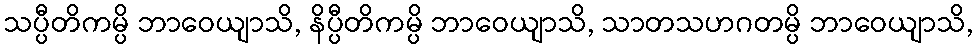
သပ္ပီတိကမ္ပိ ဘာဝေယျာသိ, နိပ္ပီတိကမ္ပိ ဘာဝေယျာသိ, သာတသဟဂတမ္ပိ ဘာဝေယျာသိ,